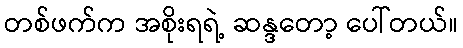
တစ်ဖက်က အစိုးရရဲ့ ဆန္ဒတော့ ပေါ်တယ်။